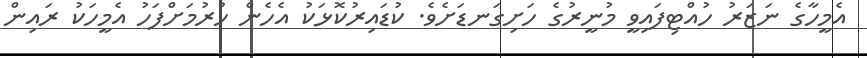
އެމީހާގެ ނަޒަރު ހުއްޓިފައިވީ މުނީރުގެ ހަށިގަނޑަށެވެ. ކުޑައިރުކޮޅަކު އެހެން ހުރުމަށްފަހު އެމީހަކު ރައިން